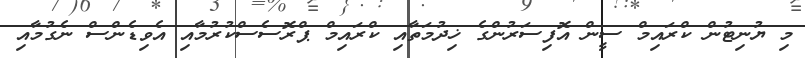
މި ޔުނިޓުން ކްރައިމް ސީން އޮފިސަރުންގެ ޚިދުމަތާއި ކްރައިމް ޕްރޮސެސްކުރުމާއި އެވިޑެންސް ނެގުމާއި